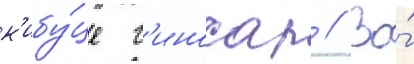
к'ибу́це г'иносар // Во́